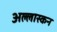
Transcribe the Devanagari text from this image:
अल्लास्कन